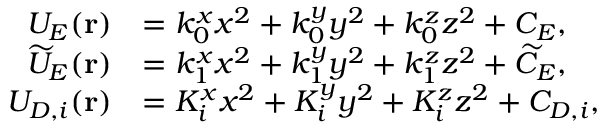
\begin{array} { r l } { U _ { E } ( \mathbf { r } ) } & { = k _ { 0 } ^ { x } x ^ { 2 } + k _ { 0 } ^ { y } y ^ { 2 } + k _ { 0 } ^ { z } z ^ { 2 } + C _ { E } , } \\ { \widetilde { U } _ { E } ( \mathbf { r } ) } & { = k _ { 1 } ^ { x } x ^ { 2 } + k _ { 1 } ^ { y } y ^ { 2 } + k _ { 1 } ^ { z } z ^ { 2 } + \widetilde { C } _ { E } , } \\ { U _ { D , i } ( \mathbf { r } ) } & { = K _ { i } ^ { x } x ^ { 2 } + K _ { i } ^ { y } y ^ { 2 } + K _ { i } ^ { z } z ^ { 2 } + C _ { D , i } , } \end{array}